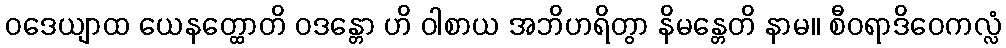
ဝဒေယျာထ ယေနတ္ထောတိ ဝဒန္တော ဟိ ဝါစာယ အဘိဟရိတွာ နိမန္တေတိ နာမ။ စီဝရာဒိဝေကလ္လံ